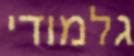
גלמודי